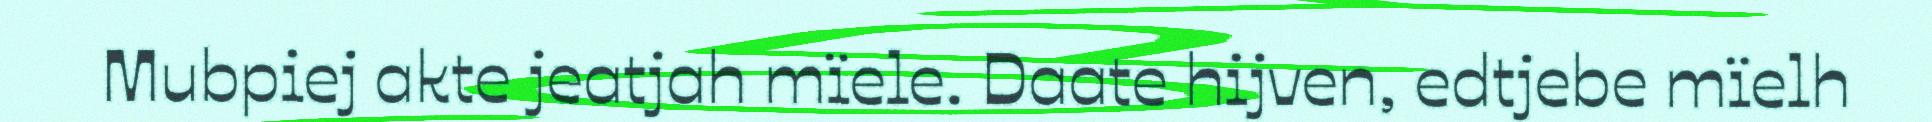
Mubpiej akte jeatjah mïele. Daate hijven, edtjebe mïelh